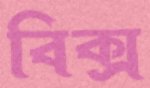
বিক্স